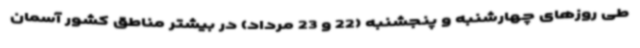
طی روزهای چهارشنبه و پنجشنبه (22 و 23 مرداد) در بیشتر مناطق کشور آسمان